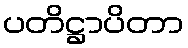
ပတိဋ္ဌာပိတာ